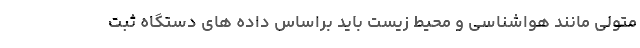
متولی مانند هواشناسی و محیط زیست باید براساس داده های دستگاه ثبت